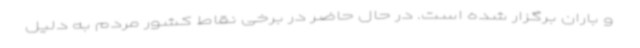
و باران برگزار شده است. در حال حاضر در برخی نقاط کشور مردم به دلیل